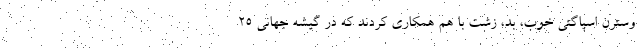
وسترن اسپاگتی خوب، بد، زشت با هم همکاری کردند که در گیشه جهانی ۲۵